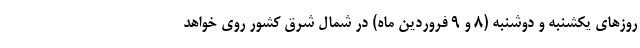
روزهای یکشنبه و دوشنبه (۸ و ۹ فروردین ماه) در شمال شرق کشور روی خواهد